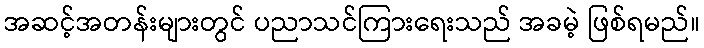
အဆင့်အတန်းများတွင် ပညာသင်ကြားရေးသည် အခမဲ့ ဖြစ်ရမည်။